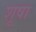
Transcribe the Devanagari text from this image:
शूषा